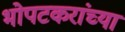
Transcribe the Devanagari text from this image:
भोपटकरांच्या